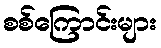
စစ်ကြောင်းများ